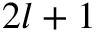
2 l + 1